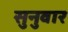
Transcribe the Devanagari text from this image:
सुनुवार